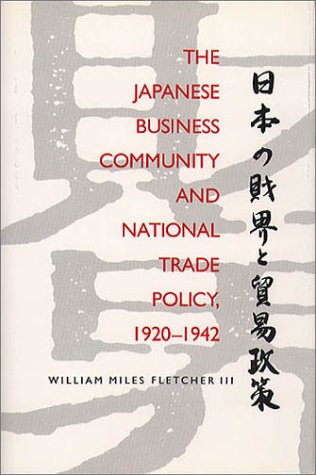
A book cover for The Japanese Business Community and National Trade Policy, 1920-1942; William Miles Fletcher III; Business & Money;